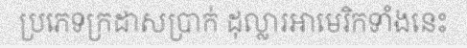
ប្រភេទក្រដាសប្រាក់ ដុល្លារអាមេរិកទាំងនេះ